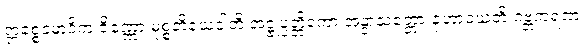
ဣစ္စေဝမာဒိကံ ဇိဏ္ဏော မုစ္စတိယေဝါတိ အဋ္ဌုပ္ပတ္တိကော အနွာသတ္တော ဇုဟာဝယတိ ဂဗ္ဘကရဏံ